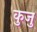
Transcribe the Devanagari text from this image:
कुजु